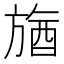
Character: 𣄉